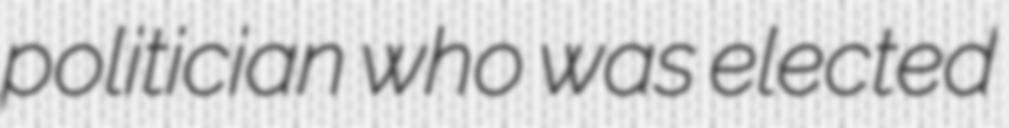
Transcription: politician who was elected